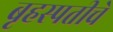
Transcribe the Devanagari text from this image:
बृहस्पतीचे